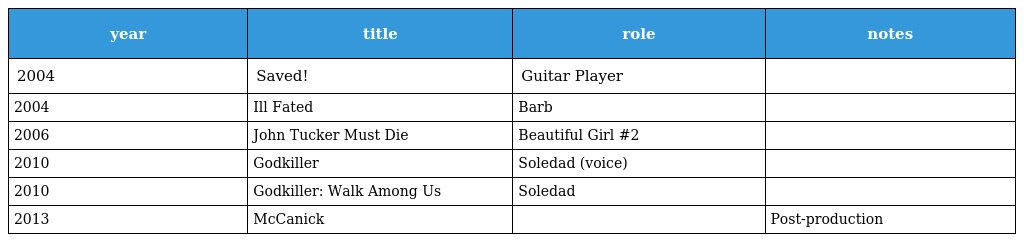
| year | title | role | notes |
 | --- | --- | --- | --- |
 | 2004 | Saved! | Guitar Player |  |
 | 2004 | Ill Fated | Barb |  |
 | 2006 | John Tucker Must Die | Beautiful Girl #2 |  |
 | 2010 | Godkiller | Soledad (voice) |  |
 | 2010 | Godkiller: Walk Among Us | Soledad |  |
 | 2013 | McCanick |  | Post-production |